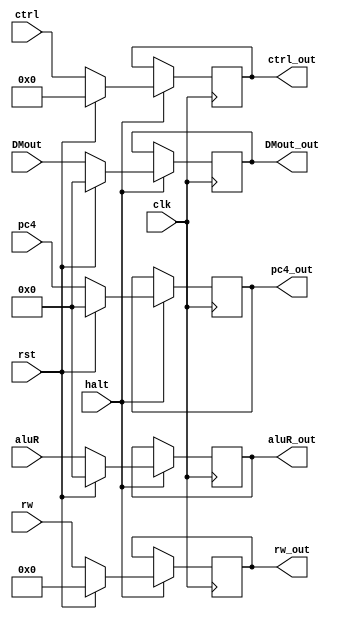
module MEM_WB(
	clk,rst,halt,
	rw,ctrl,DMout,pc4,aluR,
	DMout_out,pc4_out,aluR_out,ctrl_out,rw_out
    );
	input clk,rst,halt;
	input [21:0]ctrl;
	input [4:0]rw;
	input [31:0]DMout,pc4,aluR;
	output reg [4:0]rw_out;
	output reg [21:0]ctrl_out;
	output reg [31:0]DMout_out,pc4_out,aluR_out;
	always @(posedge clk) begin
		if(halt) begin//0
			if(rst) begin
				rw_out <= 0;
				ctrl_out <= 0;
				pc4_out <= 0;
				aluR_out <= 0;
				DMout_out <= 0;
			end
			else begin
				rw_out <= rw;
				ctrl_out <= ctrl;
				pc4_out <= pc4;
				aluR_out <= aluR;
				DMout_out <= DMout;
			end
		end
		else begin
			rw_out <= rw_out;
			ctrl_out <= ctrl_out;
			pc4_out <= pc4_out;
			aluR_out <= aluR_out;
			DMout_out <= DMout_out;
		end
	end
endmodule